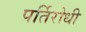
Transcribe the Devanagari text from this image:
पर्तिरोधी